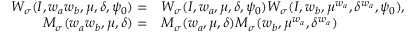
\begin{array} { r l } { W _ { \sigma } ( I , w _ { a } w _ { b } , \mu , \delta , \psi _ { 0 } ) = } & { W _ { \sigma } ( I , w _ { a } , \mu , \delta , \psi _ { 0 } ) W _ { \sigma } ( I , w _ { b } , \mu ^ { w _ { a } } , \delta ^ { w _ { a } } , \psi _ { 0 } ) , } \\ { M _ { \sigma } ( w _ { a } w _ { b } , \mu , \delta ) = } & { M _ { \sigma } ( w _ { a } , \mu , \delta ) M _ { \sigma } ( w _ { b } , \mu ^ { w _ { a } } , \delta ^ { w _ { a } } ) } \end{array}